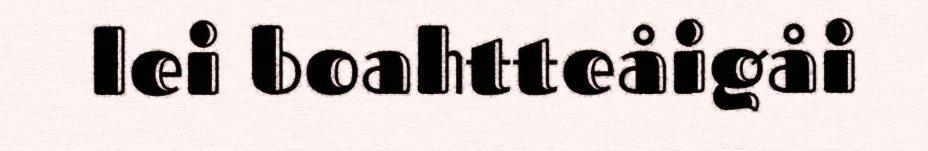
lei boahtteåigåi